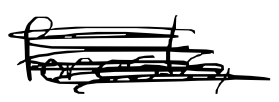
Text: forests,
Cross-out: scratch
Writing tool: digital_black